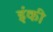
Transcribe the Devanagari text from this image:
इंकी